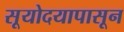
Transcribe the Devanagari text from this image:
सूयोदयापासून